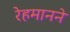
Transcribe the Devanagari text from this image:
रेहमानने